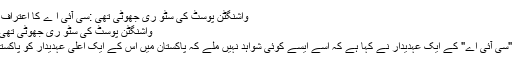
واشنگٹن پوسٹ کی سٹو ری جھوٹی تھی :سی آئی ا ے کا اعتراف - Dunya Pakistan
واشنگٹن پوسٹ کی سٹو ری جھوٹی تھی :سی آئی ا ے کا اعتراف
امریکہ کے خفیہ ادارے "سی آئی اے" کے ایک عہدیدار نے کہا ہے کہ اسے ایسے کوئی شواہد نہیں ملے کہ پاکستان میں اس کے ایک اعلیٰ عہدیدار کو پاکستانی حکام نے زہر دیا ہو۔